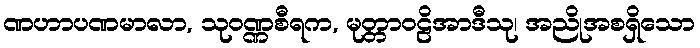
ဏဟာပဏမာလာ, သုဝဏ္ဏစီရက, မုတ္တာဝဠိအာဒီသု၊ အညိုအစရှိသော